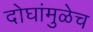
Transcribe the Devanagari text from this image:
दोघांमुळेच